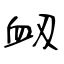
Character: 衂